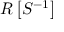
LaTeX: R \left[ S ^ { - 1 } \right]